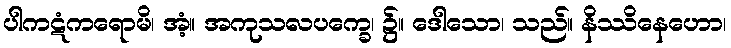
ပါကဋံကရောမိ၊ အံ့။ အကုသလပက္ခေ၊ ၌။ ဒေါသော၊ သည်။ နိဿိနေဟော၊